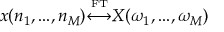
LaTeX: x ( n _ { 1 } , . . . , n _ { M } ) { \overset { \underset { \mathrm { F T } } { } } { \longleftrightarrow } } X ( \omega _ { 1 } , . . . , \omega _ { M } )